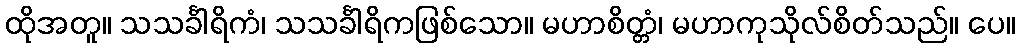
ထိုအတူ။ သသင်္ခါရိကံ၊ သသင်္ခါရိကဖြစ်သော။ မဟာစိတ္တံ၊ မဟာကုသိုလ်စိတ်သည်။ ပေ။